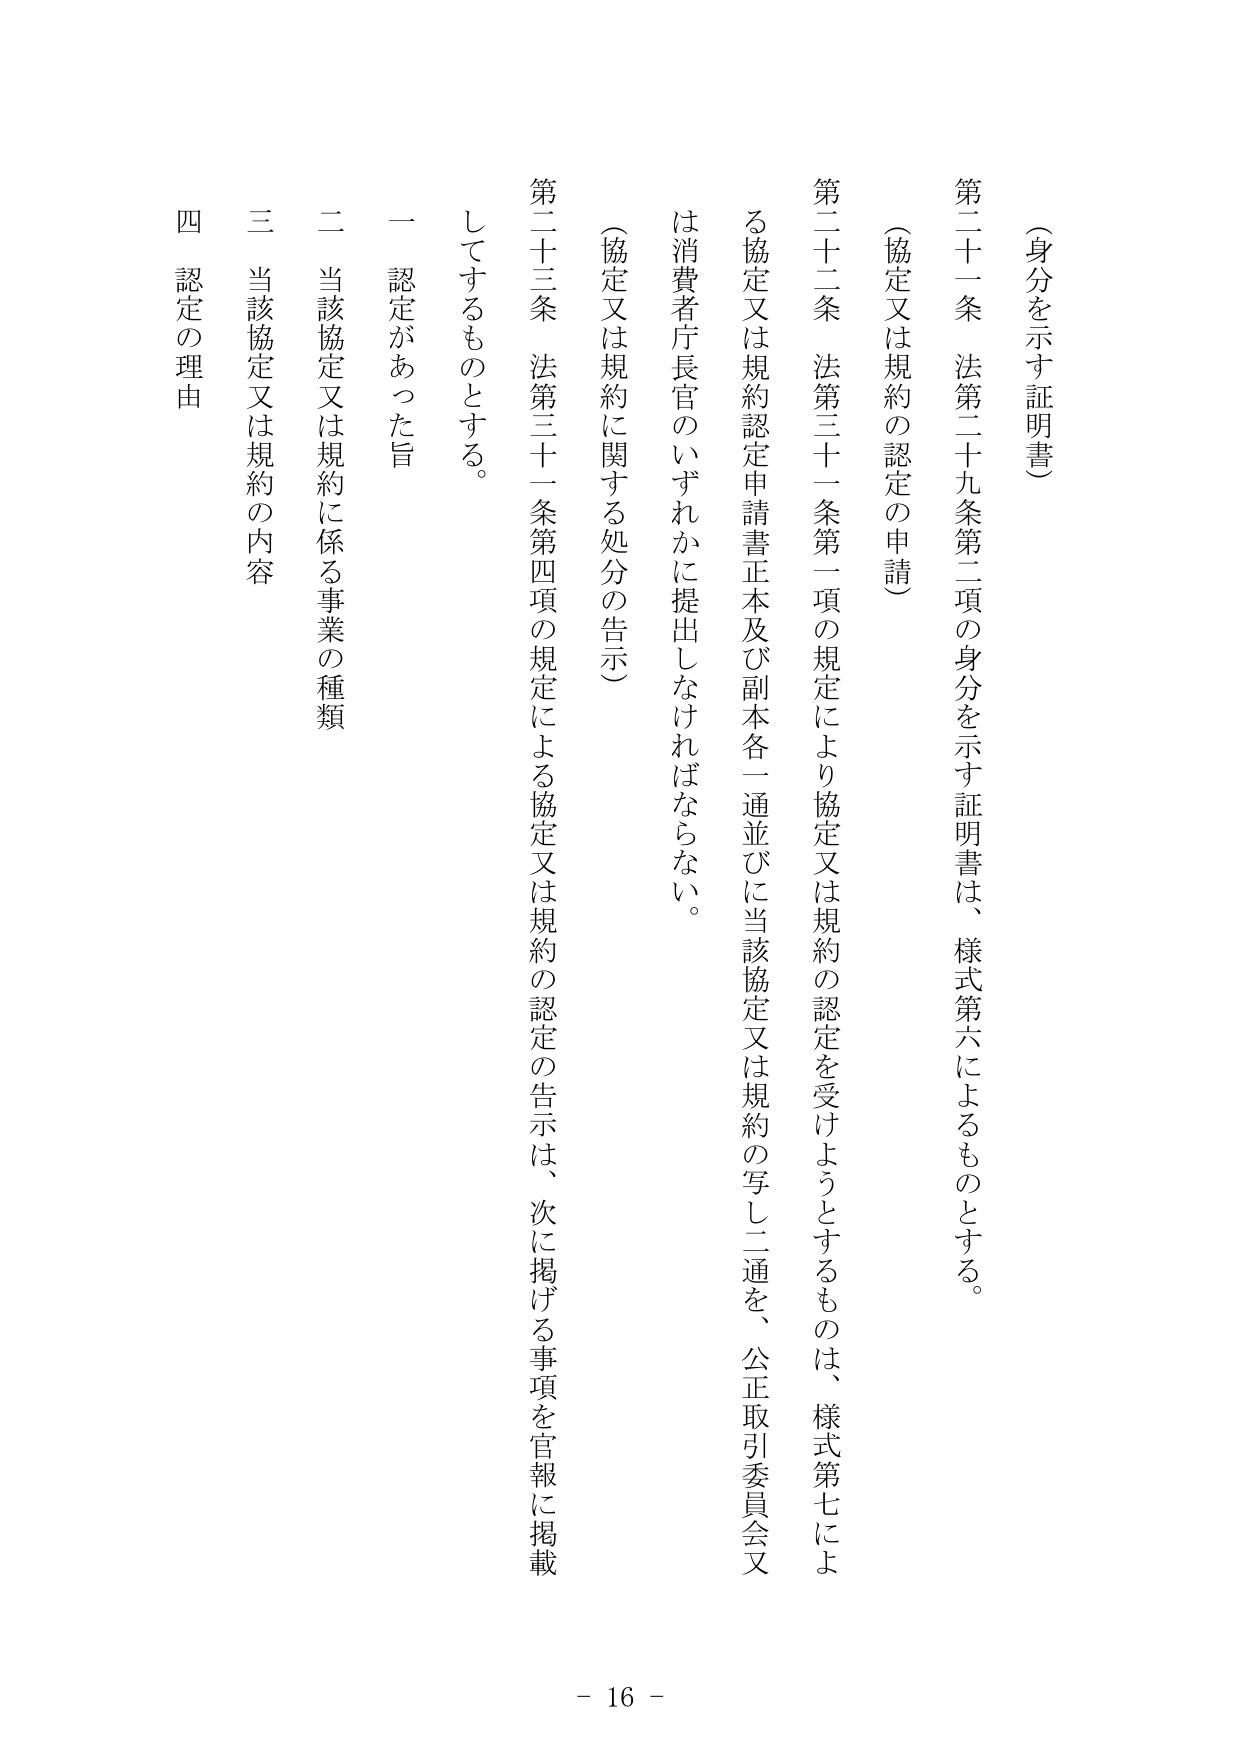
（身分を示す証明書）

第二十一条 法第二十九条第二項の身分を示す証明書は、様式第六によるものとする。

（協定又は規約の認定の申請）

第二十二条 法第三十一条第一項の規定により協定又は規約の認定を受けようとするものは、様式第七による協定又は規約認定申請書正本及び副本各一通並びに当該協定又は規約の写し二通を、公正取引委員会又は消費者庁長官のいずれかに提出しなければならない。

（協定又は規約に関する処分の告示）

第二十三条 法第三十一条第四項の規定による協定又は規約の認定の告示は、次に掲げる事項を官報に掲載してするものとする。

一 認定があった旨

二 当該協定又は規約に係る事業の種類

三 当該協定又は規約の内容

四 認定の理由

- 16 -